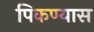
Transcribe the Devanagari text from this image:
पिकण्यास